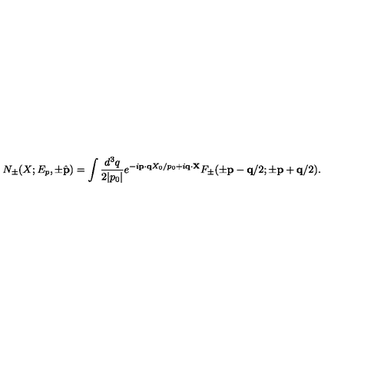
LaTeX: N _ { \pm } ( X ; E _ { p } , \pm \hat { \bf p } ) = \int \frac { d ^ { 3 } q } { 2 | p _ { 0 } | } e ^ { - i { \bf p } \cdot { \bf q } X _ { 0 } / p _ { 0 } + i { \bf q } \cdot { \bf X } } F _ { \pm } ( \pm { \bf p } - { \bf q } / 2 ; \pm { \bf p } + { \bf q } / 2 ) .